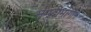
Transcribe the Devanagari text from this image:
समुद्रीमार्गाने